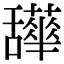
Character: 𦧹